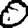
Digit: 0